King Institute of Preventive Medicine Micro-Biological Section reports 1909-11
Year: 1909
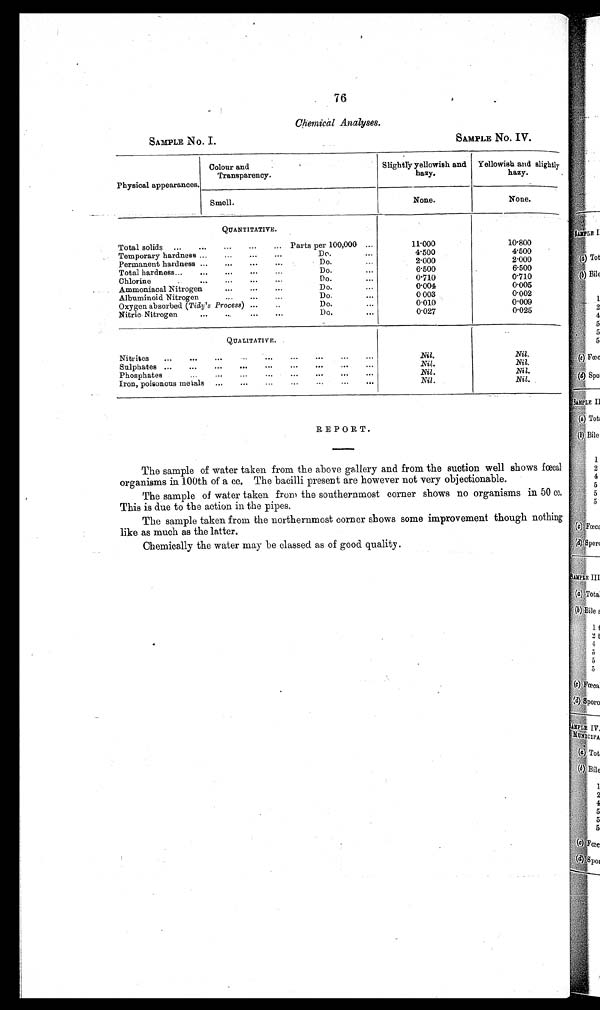
.
76
Chemical Analyses.
SAMPLE No. I.
SAMPLE No. IV.
Physical appearances.
Colour and
Transparency.
Slightly yellowish and
hazy.
Yellowish and slightly
hazy.
None.
Smell.
None.
QUANTITATIVE.
Total solids
...
...
. .. ... ... Parts per 100,000 ...
Temporary hardness ..,
...
...
. . . Do. ...
Permanent hardness ...
...
...
...
Do.
Total hardness...
...
...
. ..
. .. Do....
Chlorine
.
...
...
...
...
Do....
...
Ammoniacal Nitrogen
...
...
...
Do
Albuminoid Nitrogen
...
...
...
Do....
Oxygen absorbed (Tidy's Process)
Do....
Nitric Nitrogen
...
..
...
...
Do.
...
11.000
4 . 5 0 0
2.000
6.500 0.710 0.004 0.003 0.010 0.027
10.800
4.500
2.000
6.500
0 . 7 1 0
0.005
0.002
0.009
0.025
QUALITATIVE.
Sulphates ...
...
. ..
...
...
. . . . . . . . . . . .
Phosphates
...
...
...
...
...
...
...
...
Iron, poisonous metals
...
...
...
. . . . . . . .. ...
Nil.
Nil.
Nil.
Nil.
Nil.
Nil.
Nil.
Nil.
REPORT.
The sample of water taken from the above gallery and from the suction well shows fœcal
organisms in 100th of a cc. The bacilli present are however not very objectionable.
The sample of water taken from the southernmost corner shows no organisms in 50 cc.
This is due to the action in the pipes.
The sample taken from the northernmost corner shows some improvement though nothing
like as much as the latter.
Chemically the water may be classed as of good quality.